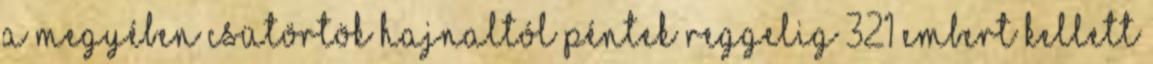
a megyében csütörtök hajnaltól péntek reggelig 321 embert kellett